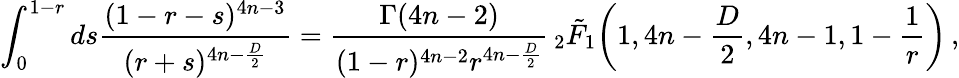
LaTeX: \int_{0}^{1-r}ds\frac{(1-r-s)^{4n-3}}{(r+s)^{4n-\frac{D}{2}}}=\frac{\Gamma(4n-2)}{(1-r)^{4n-2}r^{4n-\frac{D}{2}}}\, _{2}\tilde{F}_{1}\bigg(1,4n-\frac{D}{2},4n-1,1-\frac{1}{r}\bigg)\, ,